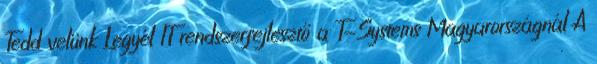
Tedd velünk Legyél IT rendszerfejlesztő a T-Systems Magyarországnál A